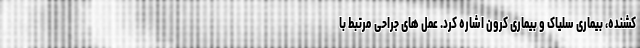
کشنده، بیماری سلیاک و بیماری کرون اشاره کرد. عمل های جراحی مرتبط با